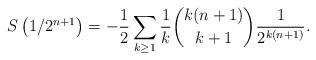
LaTeX: \begin{align*}S\left(1/2^{n+1}\right)& = -\frac12\sum_{k\ge1}\frac1k\binom{k(n+1)}{k+1}\frac1{2^{k(n+1)}} .\end{align*}